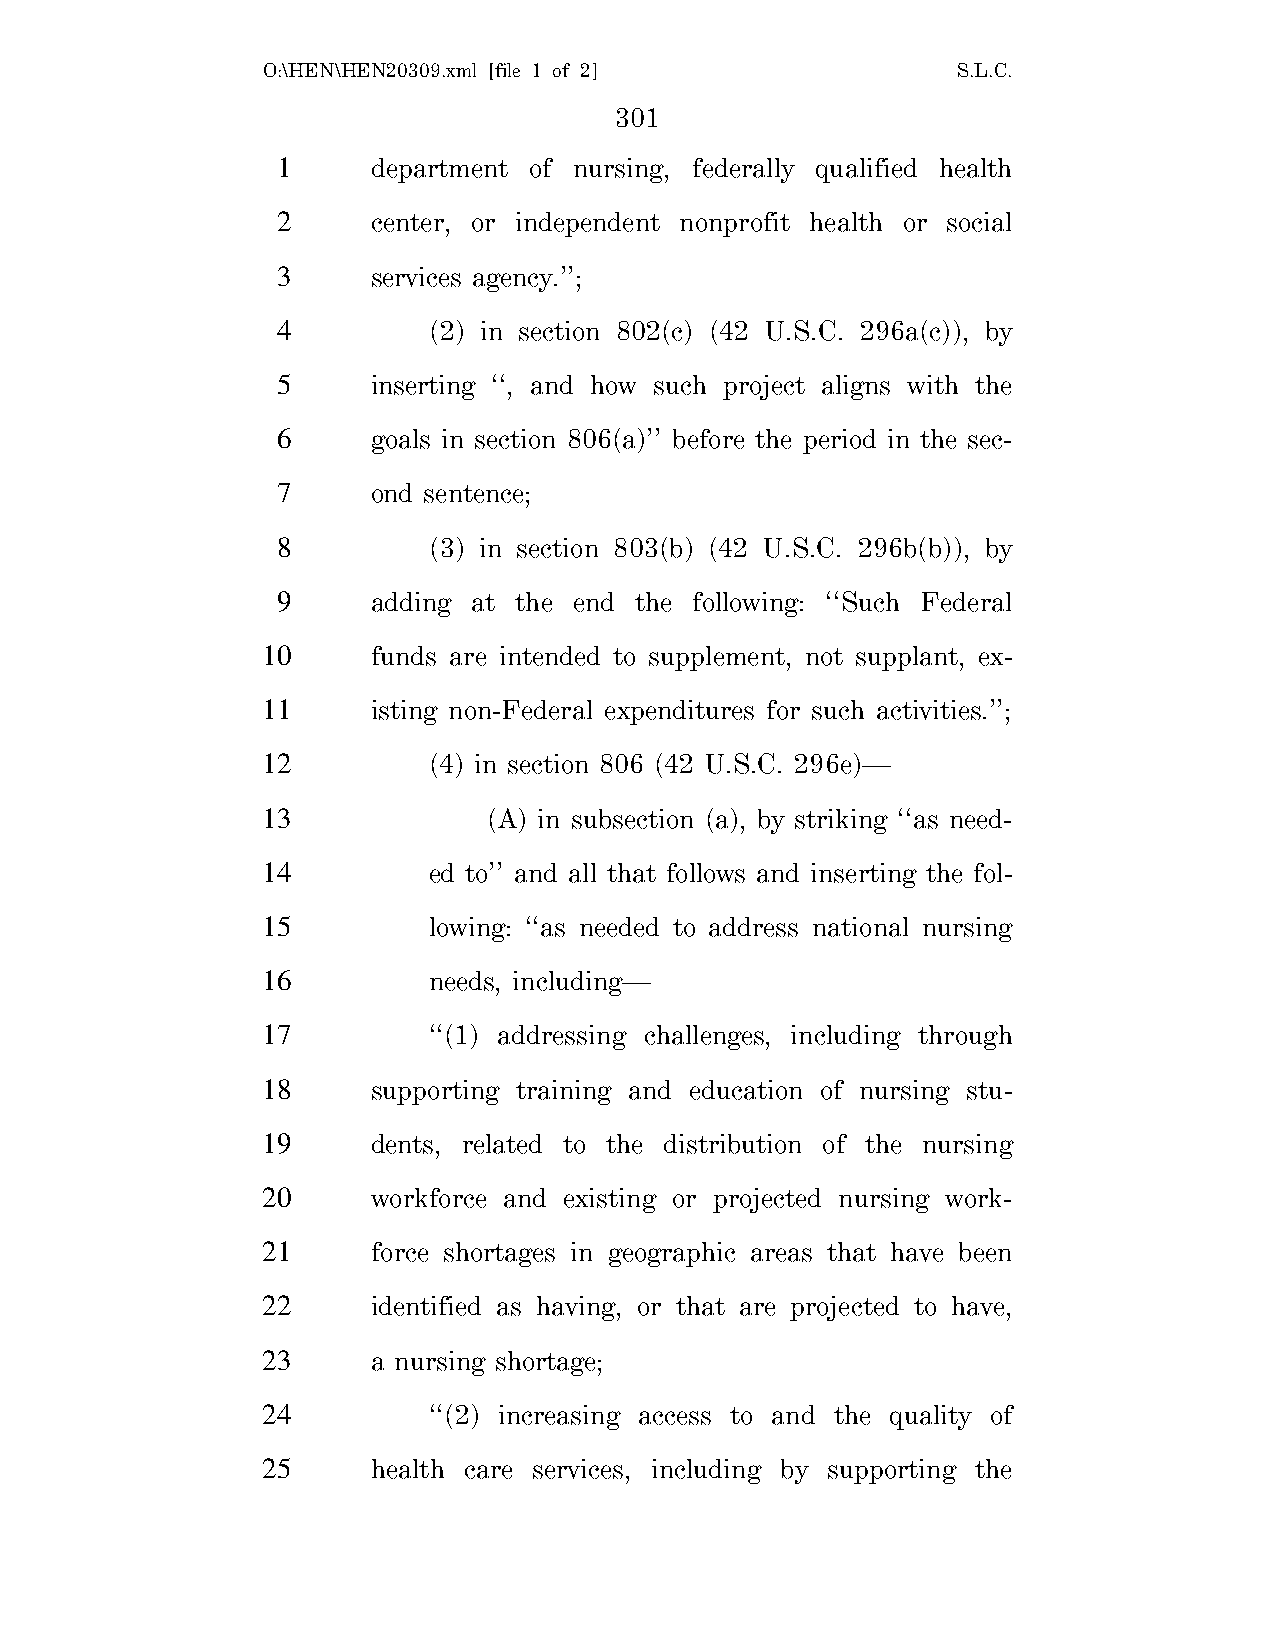
O:\HEN\HEN20309.xml [file 1 of 2]             S.L.C.
 301
 1      department of nursing, federally qualified health
 2      center, or independent nonprofit health or social
 3      services agency.’’;
 4         (2) in section 802(c) (42 U.S.C. 296a(c)), by
 5      inserting ‘‘, and how such project aligns with the
 6      goals in section 806(a)’’ before the period in the sec-
 7      ond sentence;
 8         (3) in section 803(b) (42 U.S.C. 296b(b)), by
 9      adding at the end the following: ‘‘Such Federal
 10      funds are intended to supplement, not supplant, ex-
 11      isting non-Federal expenditures for such activities.’’;
 12         (4) in section 806 (42 U.S.C. 296e)—
 13             (A) in subsection (a), by striking ‘‘as need-
 14         ed to’’ and all that follows and inserting the fol-
 15         lowing: ‘‘as needed to address national nursing
 16         needs, including—
 17         ‘‘(1) addressing challenges, including through
 18      supporting training and education of nursing stu-
 19      dents, related to the distribution of the nursing
 20      workforce and existing or projected nursing work-
 21      force shortages in geographic areas that have been
 22      identified as having, or that are projected to have,
 23      a nursing shortage;
 24         ‘‘(2) increasing access to and the quality of
 25      health care services, including by supporting the